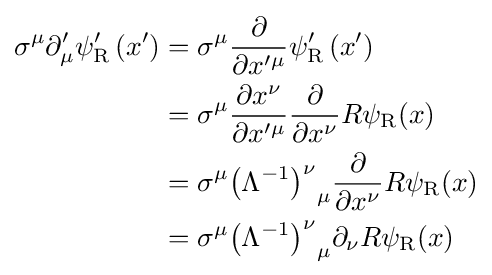
{\begin{aligned}\sigma ^{\mu }\partial _{\mu }^{\prime }\psi _{\rm {R}}^{\prime }\left(x^{\prime }\right)&=\sigma ^{\mu }{\frac {\partial }{\partial x^{\prime \mu }}}\psi _{\rm {R}}^{\prime }\left(x^{\prime }\right)\\&=\sigma ^{\mu }{\frac {\partial x^{\nu }}{\partial x^{\prime \mu }}}{\frac {\partial }{\partial x^{\nu }}}R\psi _{\rm {R}}(x)\\&=\sigma ^{\mu }{\left(\Lambda ^{-1}\right)^{\nu }}_{\mu }{\frac {\partial }{\partial x^{\nu }}}R\psi _{\rm {R}}(x)\\&=\sigma ^{\mu }{\left(\Lambda ^{-1}\right)^{\nu }}_{\mu }\partial _{\nu }R\psi _{\rm {R}}(x)\end{aligned}}